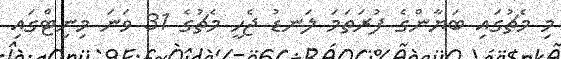
މި މެޗުގައި ބަޔާންގެ ފުރަތަމަ ލަނޑު ޖެހީ މެޗުގެ 31 ވަނަ މިނިޓްގައި